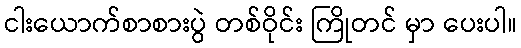
ငါးယောက်စာစားပွဲ တစ်ဝိုင်း ကြိုတင် မှာ ပေးပါ။